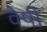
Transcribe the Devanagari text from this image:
वेषी